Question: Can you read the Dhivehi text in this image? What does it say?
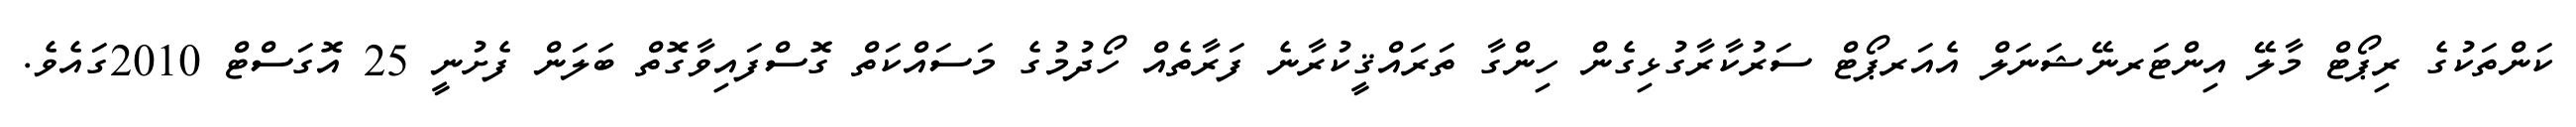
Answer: ކަންތަކުގެ ރިޕޯޓް މާލޭ އިންޓަރނޭޝަނަލް އެއަރޕޯޓް ސަރުކާރާގުޅިގެން ހިންގާ ތަރައްޤީކުރާނެ ފަރާތެއް ހޯދުމުގެ މަސައްކަތް ގޮސްފައިވާގޮތް ބަލަން ފެށުނީ 25 އޮގަސްޓް 2010ގައެވެ.